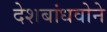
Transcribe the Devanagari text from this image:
देशबांधवोने